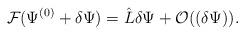
LaTeX: \begin{align*}{\cal F}(\Psi^{(0)} + \delta \Psi) = \hat{L} \delta \Psi + {\cal O}((\delta \Psi)).\end{align*}